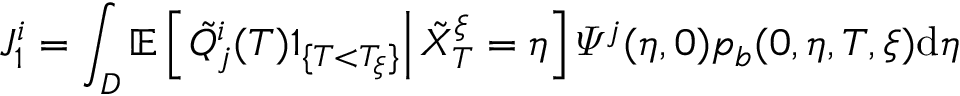
J _ { 1 } ^ { i } = \int _ { D } \mathbb { E } \left[ \left. \tilde { Q } _ { j } ^ { i } ( T ) 1 _ { \{ T < T _ { \xi } \} } \right| \tilde { X } _ { T } ^ { \xi } = \eta \right] \varPsi ^ { j } ( \eta , 0 ) p _ { b } ( 0 , \eta , T , \xi ) \mathrm { d } \eta